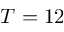
T = 1 2